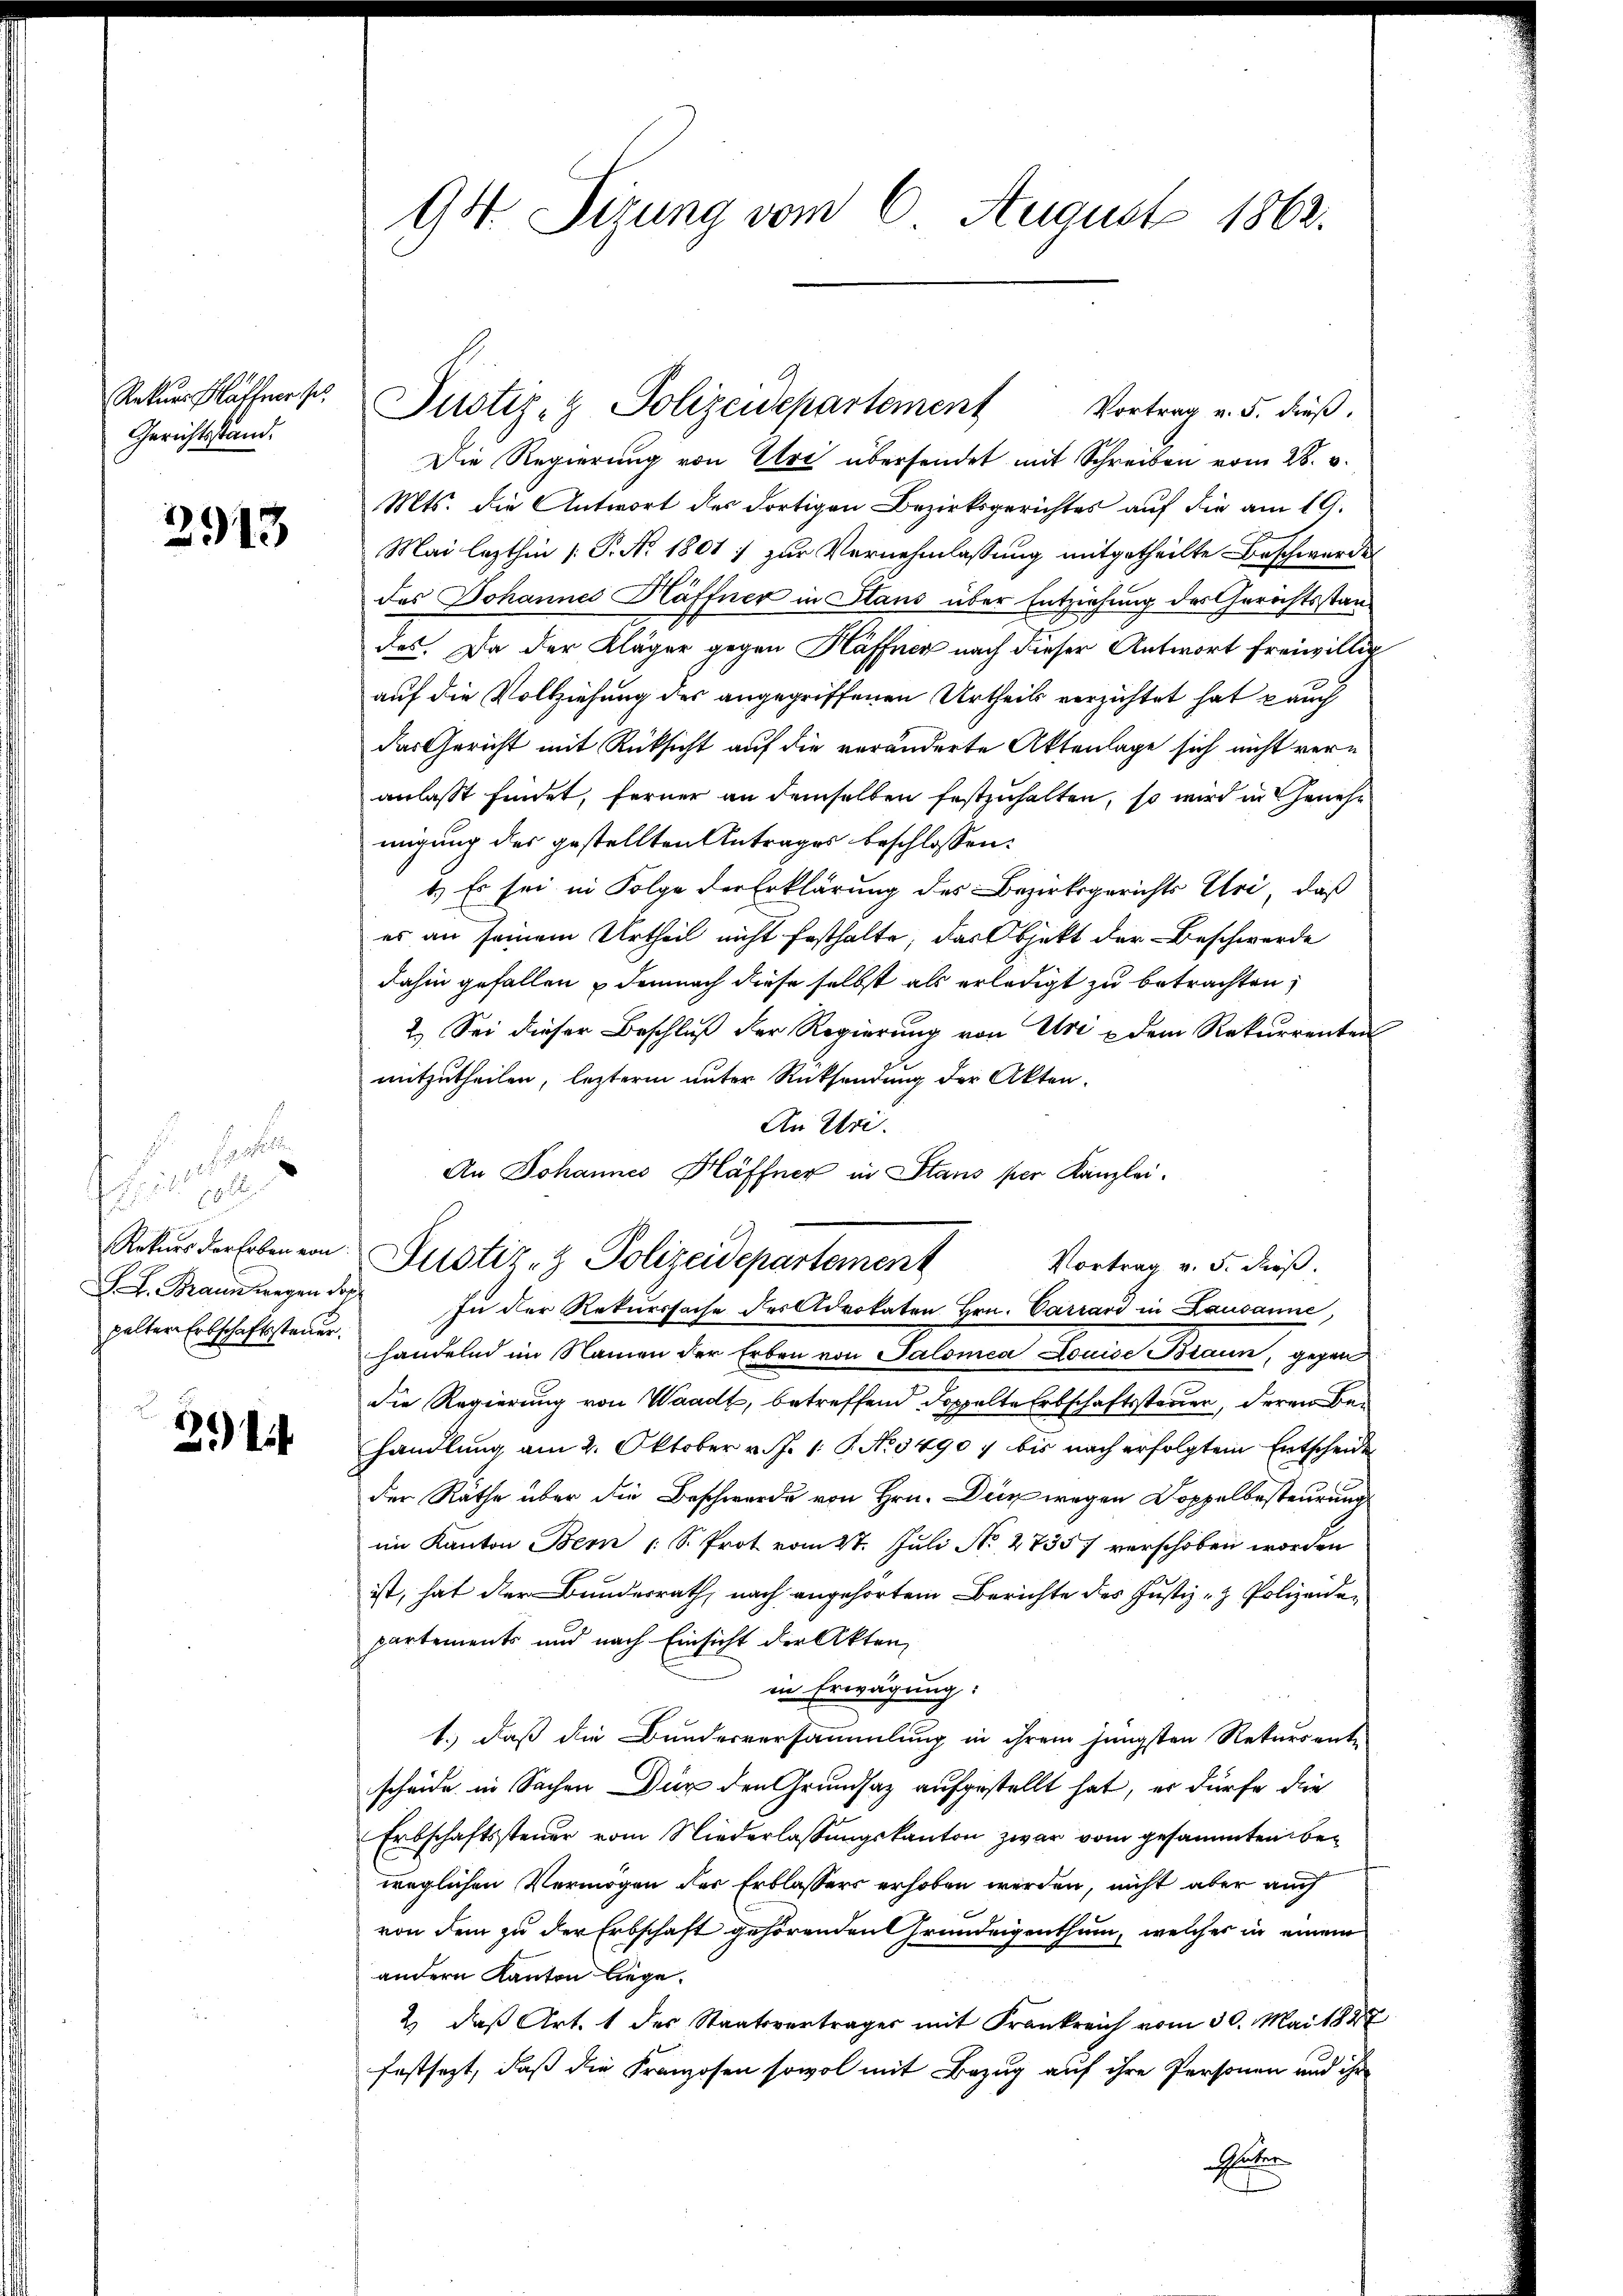
Rekurs affner Ges
Gerichtsstand.

2913

s
a
 pol
Rekurs der Erben von
F. L. Braun wegen dop
pelter Erbschaftssteuer.

35) lit.

9st Sizung vom 6. August 1862.

Justiz- & Polizeidepartement Vortrag v. 5. dieß.
Die Regierung von Uri übersendet mit Schreiben vom 28. v.
Mts. die Antwort des dortigen Bezirksgerichtes auf die am 19.
Mai lezthin [P. Nr. 1801 :/ zur Vernehmlassung mitgetheilte Beschwerze
des Johannes Häffner in Staus über Entziehung des Gerichtsstan
des. Da der Kläger gegen Häffner nach dieser Antwort freiwillig
auf die Vollziehung des angegriffenen Urtheils verzichtet hat auch
das Gericht mit Rücksicht auf die veränderte Aktenlage sich nicht veranlasst findet, ferner an demselben festzuhalten, so wird in Genehmigung des gestellten Antrages beschlossen:
1.) Es sei in Folge der Erklärung des Bezirksgerichts Uri, daß
es an seinem Urtheil nicht festhalte, das Objekt der Beschwerde
dahin gefallen demnach diese selbst als erledigt zu betrachten,
2.) Sei dieser Beschluß der Regierung von Uri u dem Rekurrenten
mitzutheilen, lezterm unter Rücksendung der Akten.
An Uri.
In der Rekurssache des Advokaten Hrn. Carrard in Lausanne,
handelnd im Namen der Erben von Salomea Louise Braun, gegen
die Regierung von Waadt, betreffend Doppelte Erbschaftssteuer, deren Behandlung am 2. Oktober v. J. 1. P. No. 34907 bis nach erfolgtem Entscheide
der Räthe über die Beschwerde von Hrn. Die wegen Doppelbesteurung
im Kanton Bern (S. Prot vom 27. Juli No 47357 verschoben worden
ist, hat der Bundesrath, nach angehörtem Berichte des Justiz- & Polizeiden
partements und nach Einsicht der Akten,
in Erwägung:
1.) daß die Bundesversammlung in ihrem jüngsten Rekursent-
scheide in Sachen Dir den Grundsaz aufgestellt hat, er dürfe die
Erbschaftssteuer vom Niederlassungskanton zwar vom gesammten beweglichen Vermögen der Erblassers erhoben werden, nicht aber auch
von dem zu der Erbschaft gehörenden Grundeigenthum, welcher in einem
andern Kanton liege.
2. daβ Art. 1 des Staatsverträger mit Frankreich vom 30. Mai 1888
festsezt, daß die Franzosen sowol mit Bezug auf ihre Personen und ihr
H

An Johannes Kläffner in Stans per Kanzlei¬
Justiz- & Polizeidepartement
Vortrag v. 5. dieß.